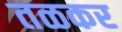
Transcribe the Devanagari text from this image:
तळकर